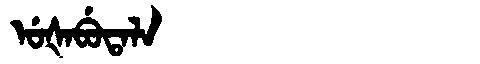
Manchu: ᡠᡧᠠᠪᡠᡨᠠᠯᠠ
Romanization: UŠABUTALA